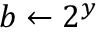
b \leftarrow 2 ^ { y }